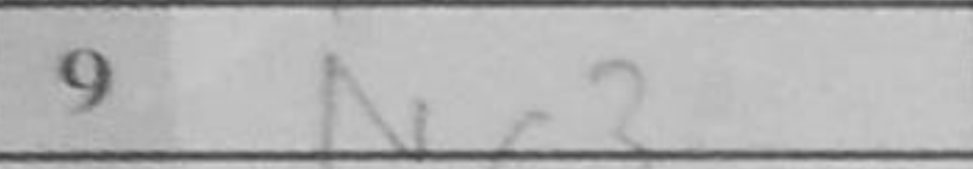
Transcription: Nc3